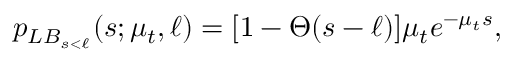
p _ { L B _ { s < \ell } } ( s ; \mu _ { t } , \ell ) = [ 1 - \Theta ( s - \ell ) ] \mu _ { t } e ^ { - \mu _ { t } s } ,